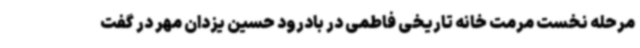
مرحله نخست مرمت خانه تاریخی فاطمی در بادرود حسین یزدان مهر در گفت